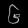
Digit: ၆